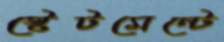
স্টেটমেন্টে